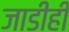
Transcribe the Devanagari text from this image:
जाडीही